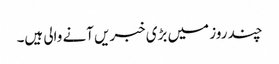
چند روز میں بڑی خبریں آنے والی ہیں۔